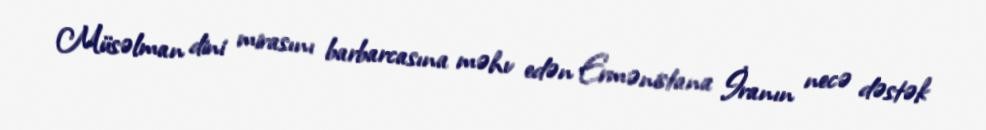
Müsəlman dini mirasını barbarcasına məhv edən Ermənistana İranın necə dəstək